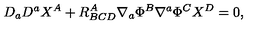
D _ { a } D ^ { a } X ^ { A } + R _ { B C D } ^ { A } \nabla _ { a } \Phi ^ { B } \nabla ^ { a } \Phi ^ { C } X ^ { D } = 0 ,